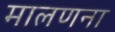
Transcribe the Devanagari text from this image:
मालणना